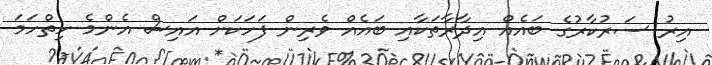
އިރު ސަރުކާރުގެ ބައެއް އިދާރާތަކާއި ބައެއް ވެރިން ފަހަކަށް އައިސް އެންމެ ހިތްހަމަ